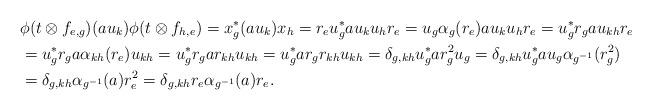
LaTeX: \begin{align*}&\phi(t\otimes f_{e,g})(a u_k)\phi(t\otimes f_{h,e})=x_g^*(au_k)x_h=r_eu_g^*au_ku_hr_e=u_g\alpha_g(r_e)au_ku_hr_e=u_g^*r_gau_{kh}r_e\\&=u_g^*r_ga\alpha_{kh}(r_e)u_{kh}=u_g^*r_gar_{kh}u_{kh}=u_g^*ar_gr_{kh}u_{kh}=\delta_{g,kh}u_g^*ar_g^2u_g=\delta_{g,kh}u_g^*au_g\alpha_{g^{-1}}(r^2_g)\\&=\delta_{g,kh}\alpha_{g^{-1}}(a)r_e^2=\delta_{g,kh}r_e\alpha_{g^{-1}}(a)r_e.\end{align*}